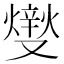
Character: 𤏻